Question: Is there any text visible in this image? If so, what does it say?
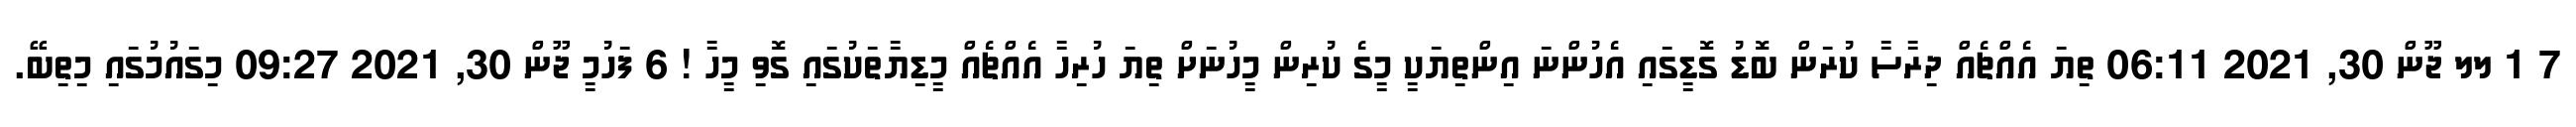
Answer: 7 1 ލލ ޖޫން 30, 2021 06:11 ތިޔަ އެއްޗެއް ދިރާސާ ކުރަން ބޮޑު ގޮޑީގައި އެހުންނަ އިންތިޔަކީ މީގެ ކުރިން މީހުނަށް ތިޔަ ހުރިހާ އެއްޗެއް މީޑިޔާތަކުގައި ގޮވި މީހާ ! 6 ފަހުމީ ޖޫން 30, 2021 09:27 މިގައުމުގައި މިތިބޭ.